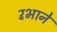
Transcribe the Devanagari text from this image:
रँभाने